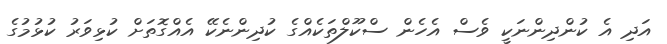
އަދި އެ ކުންދިންނަކީ ވެސް އެހެން ސްކޫލްތަކެއްގެ ކުދިންނެކޭ އެއްގޮތަށް ކުޅިވަރު ކުޅުމުގެ